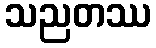
သညတဿ